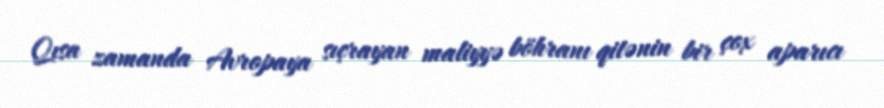
Qısa zamanda Avropaya sıçrayan maliyyə böhranı qitənin bir çox aparıcı